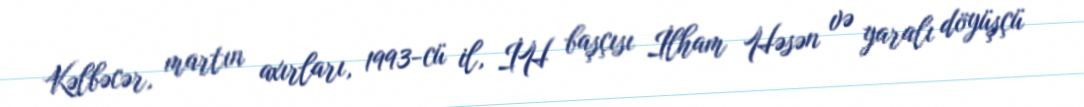
Kəlbəcər, martın axırları, 1993-cü il, İH başçısı İlham Həsən və yaralı döyüşçü